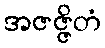
အဇဇ္ဇိတံ